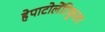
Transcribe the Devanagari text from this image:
हेपाटोलेंटिकुलर